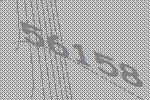
56158